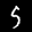
Label: 5